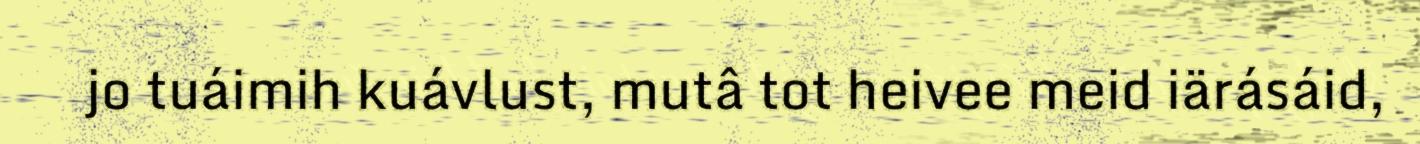
jo tuáimih kuávlust, mutâ tot heivee meid iärásáid,